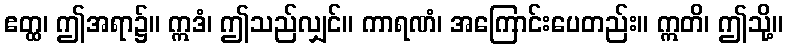
ဧတ္ထ၊ ဤအရာ၌။ ဣဒံ၊ ဤသည်လျှင်။ ကာရဏံ၊ အကြောင်းပေတည်း။ ဣတိ၊ ဤသို့။